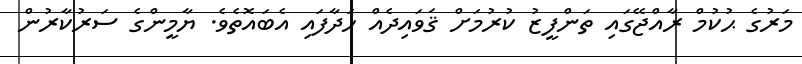
މަރުގެ ޙުކުމް ރާއްޖޭގައި ތަންފީޒު ކުރުމަށް ޤަވައިދެއް ހަދާފައި އެބައޮތެވެ. ޔާމީންގެ ސަރުކާރުން